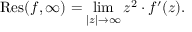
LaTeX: \operatorname { R e s } ( f , \infty ) = \operatorname* { l i m } _ { | z | \to \infty } z ^ { 2 } \cdot f ^ { \prime } ( z ) .